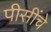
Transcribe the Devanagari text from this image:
पीसींचे